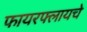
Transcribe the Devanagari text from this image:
फायरफ्लायचे